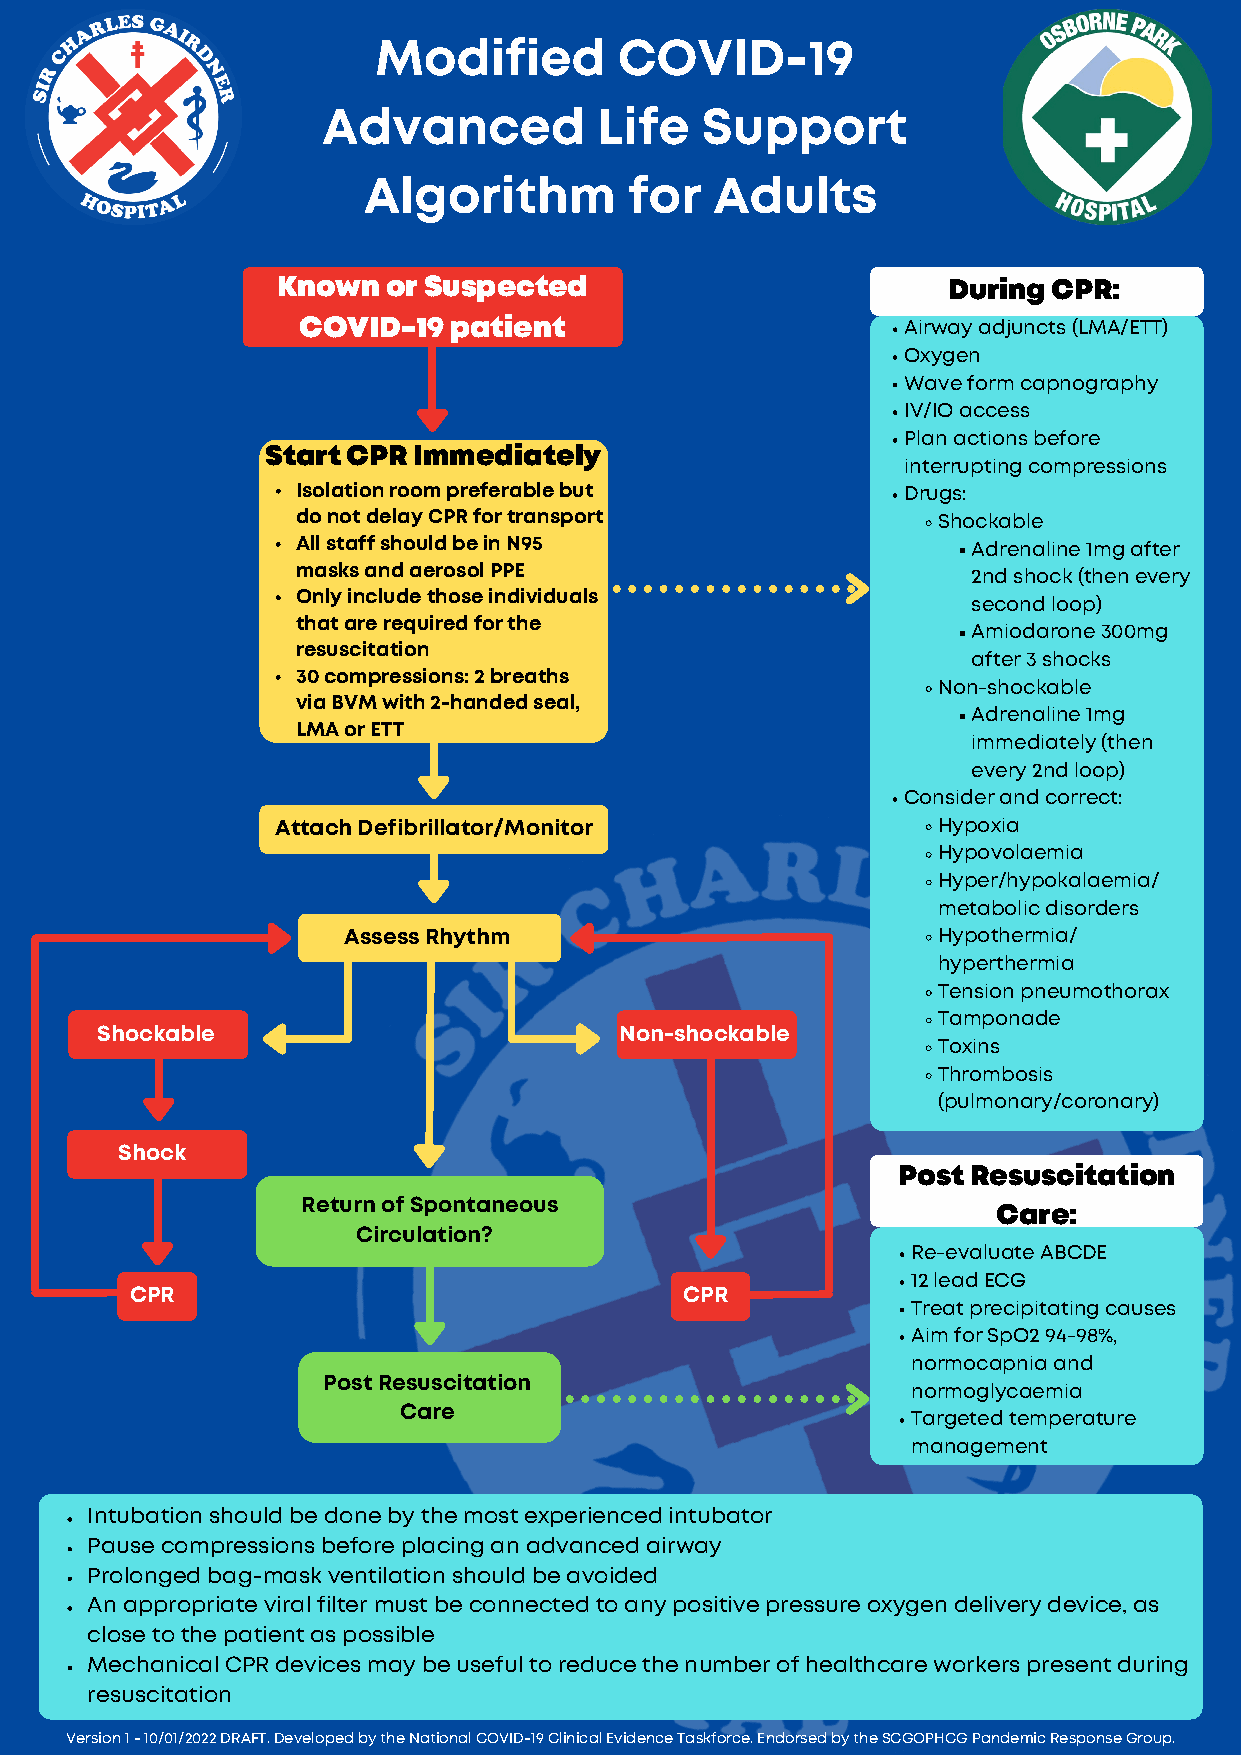
Modified        COVID-19
 Advanced           Life  Support
 Algorithm         for  Adults
 Known   or Suspected                         During CPR:
 COVID-19  patient                       Airway adjunc ts (LMA/ETT)
 Oxygen
 Wave form capnography
 IV/IO access
 Plan actions before
 Start CPR Immediately
 interrupting compressions
 Isolation room preferable but           Drugs:
 do not delay CPR for transport            Shockable
 All staff should be in N95                  Adrenaline 1mg after
 masks and aerosol PPE
 2nd shock (then every
 Only include those individuals
 second loop)
 that are required for the
 Amiodarone 300mg
 resuscitation
 after 3 shocks
 30 compressions: 2 breaths
 Non-shockable
 via BVM with 2-handed seal,
 Adrenaline 1mg
 LMA or ETT
 immediately (then
 every 2nd loop)
 Consider and correct:
 Attach Defibrillator/Monitor                Hypoxia
 Hypovolaemia
 Hyper/hypokalaemia/
 metabolic disorders
 Assess Rhythm                          Hypothermia/
 hyperthermia
 Tension pneumothorax
 Tamponade
 Shockable                          Non-shockable
 Toxins
 Thrombosis
 (pulmonary/coronary)
 Shock
 Post Resuscitation
 Return of Spontaneous
 Care:
 Circulation?
 Re-evaluate ABCDE
 12 lead ECG
 CPR                                 CPR
 Treat precipitating causes
 Aim for SpO2 94-98%,
 normocapnia and
 Post Resuscitation
 normoglycaemia
 Care
 Targeted temperature
 management
 Intubation should be done by the most experienced intubator
 Pause compressions before placing an advanced airway
 Prolonged bag-mask ventilation should be avoided
 An appropriate viral filter must be connected to any positive pressure oxygen delivery device, as
 close to the patient as possible
 Mechanical CPR devices may be useful to reduce the number of healthcare workers present during
 resuscitation
 Version 1 - 10/01/2022 DRAFT. Developed by the National COVID-19 Clinical Evidence Taskforce. Endorsed by the SCGOPHCG Pandemic Response Group.